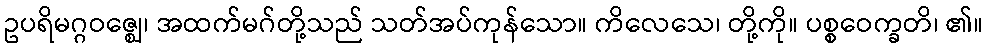
ဥပရိမဂ္ဂဝဇ္ဈေ၊ အထက်မဂ်တို့သည် သတ်အပ်ကုန်သော။ ကိလေသေ၊ တို့ကို။ ပစ္စဝေက္ခတိ၊ ၏။